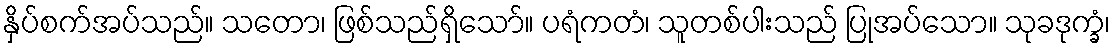
နှိပ်စက်အပ်သည်။ သတော၊ ဖြစ်သည်ရှိသော်။ ပရံကတံ၊ သူတစ်ပါးသည် ပြုအပ်သော။ သုခဒုက္ခံ၊